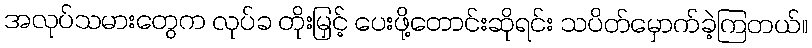
အလုပ်သမားတွေက လုပ်ခ တိုးမြှင့် ပေးဖို့တောင်းဆိုရင်း သပိတ်မှောက်ခဲ့ကြတယ်။